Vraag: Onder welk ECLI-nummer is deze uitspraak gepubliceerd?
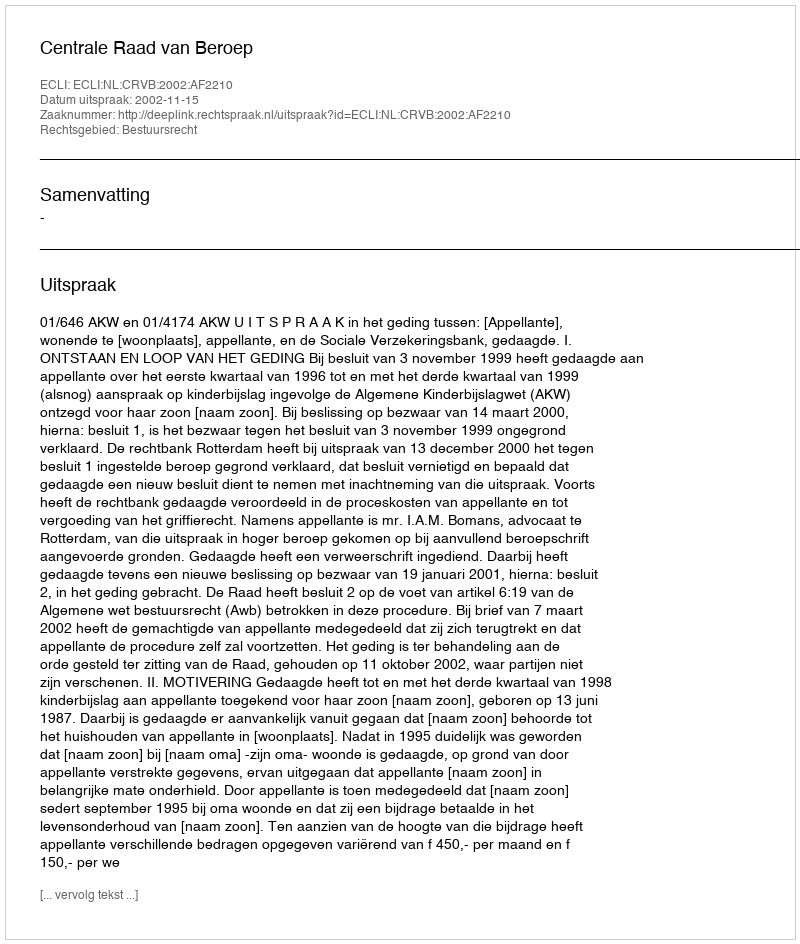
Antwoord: ECLI:NL:CRVB:2002:AF2210